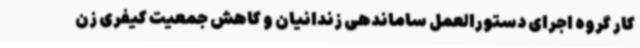
کار گروه اجرای دستورالعمل ساماندهی زندانیان و کاهش جمعیت کیفری زن